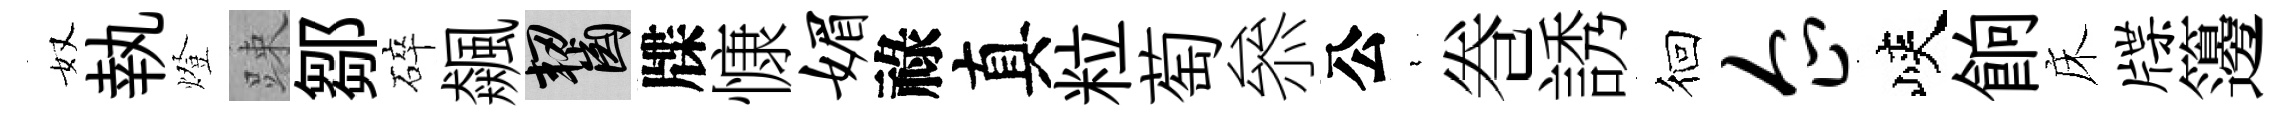
奴執燈踈鄒碎飆齧牒慷媚祿真粒萄叅公裊巻誘徊企峽餉床牒籩